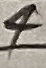
Text: 4